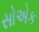
સોએક